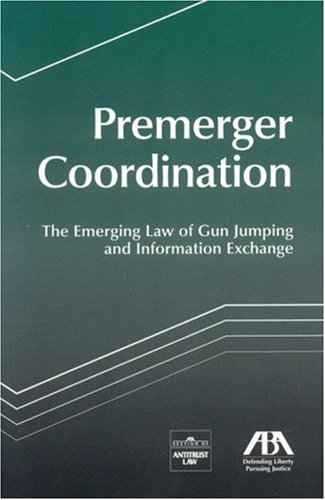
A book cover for Premerger Coordination: The Emerging Law of Gun Jumping and Information Exchange; Section members from the ABA Section of Antitrust; Law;